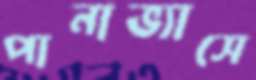
পানাভ্যাসে